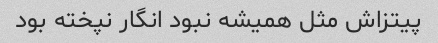
پیتزاش مثل همیشه نبود انگار نپخته بود